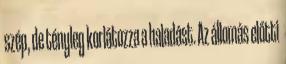
szép, de tényleg korlátozza a haladást. Az állomás előtti